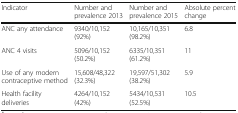
<table><thead><tr><td><b>Indicator</b></td><td><b>Number and prevalence 2013</b></td><td><b>Number and prevalence 2015</b></td><td><b>Absolute percent change</b></td></tr></thead><tbody><tr><td>ANC any attendance</td><td>9340/10,152(92%)</td><td>10,165/10,351(98.2%)</td><td>6.8</td></tr><tr><td>ANC 4 visits</td><td>5096/10,152(50.2%)</td><td>6335/10,351(61.2%)</td><td>11</td></tr><tr><td>Use of any modern contraceptive method</td><td>15,608/48,322(32.3%)</td><td>19,597/51,302(38.2%)</td><td>5.9</td></tr><tr><td>Health facility deliveries</td><td>4264/10,152(42%)</td><td>5434/10,531(52.5%)</td><td>10.5</td></tr></tbody></table>